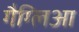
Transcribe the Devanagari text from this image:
गैग्लिआ